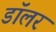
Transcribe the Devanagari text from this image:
डॉॅलर